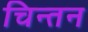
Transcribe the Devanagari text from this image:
चिन्‍तन